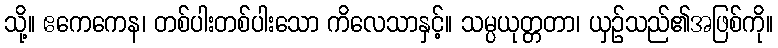
သို့။ ဧကေကေန၊ တစ်ပါးတစ်ပါးသော ကိလေသာနှင့်။ သမ္ပယုတ္တတာ၊ ယှဉ်သည်၏အဖြစ်ကို။